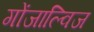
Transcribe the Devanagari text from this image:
गोंजाल्विज